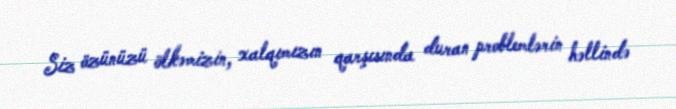
Siz özünüzü ölkəmizin, xalqımızın qarşısında duran problemlərin həllində